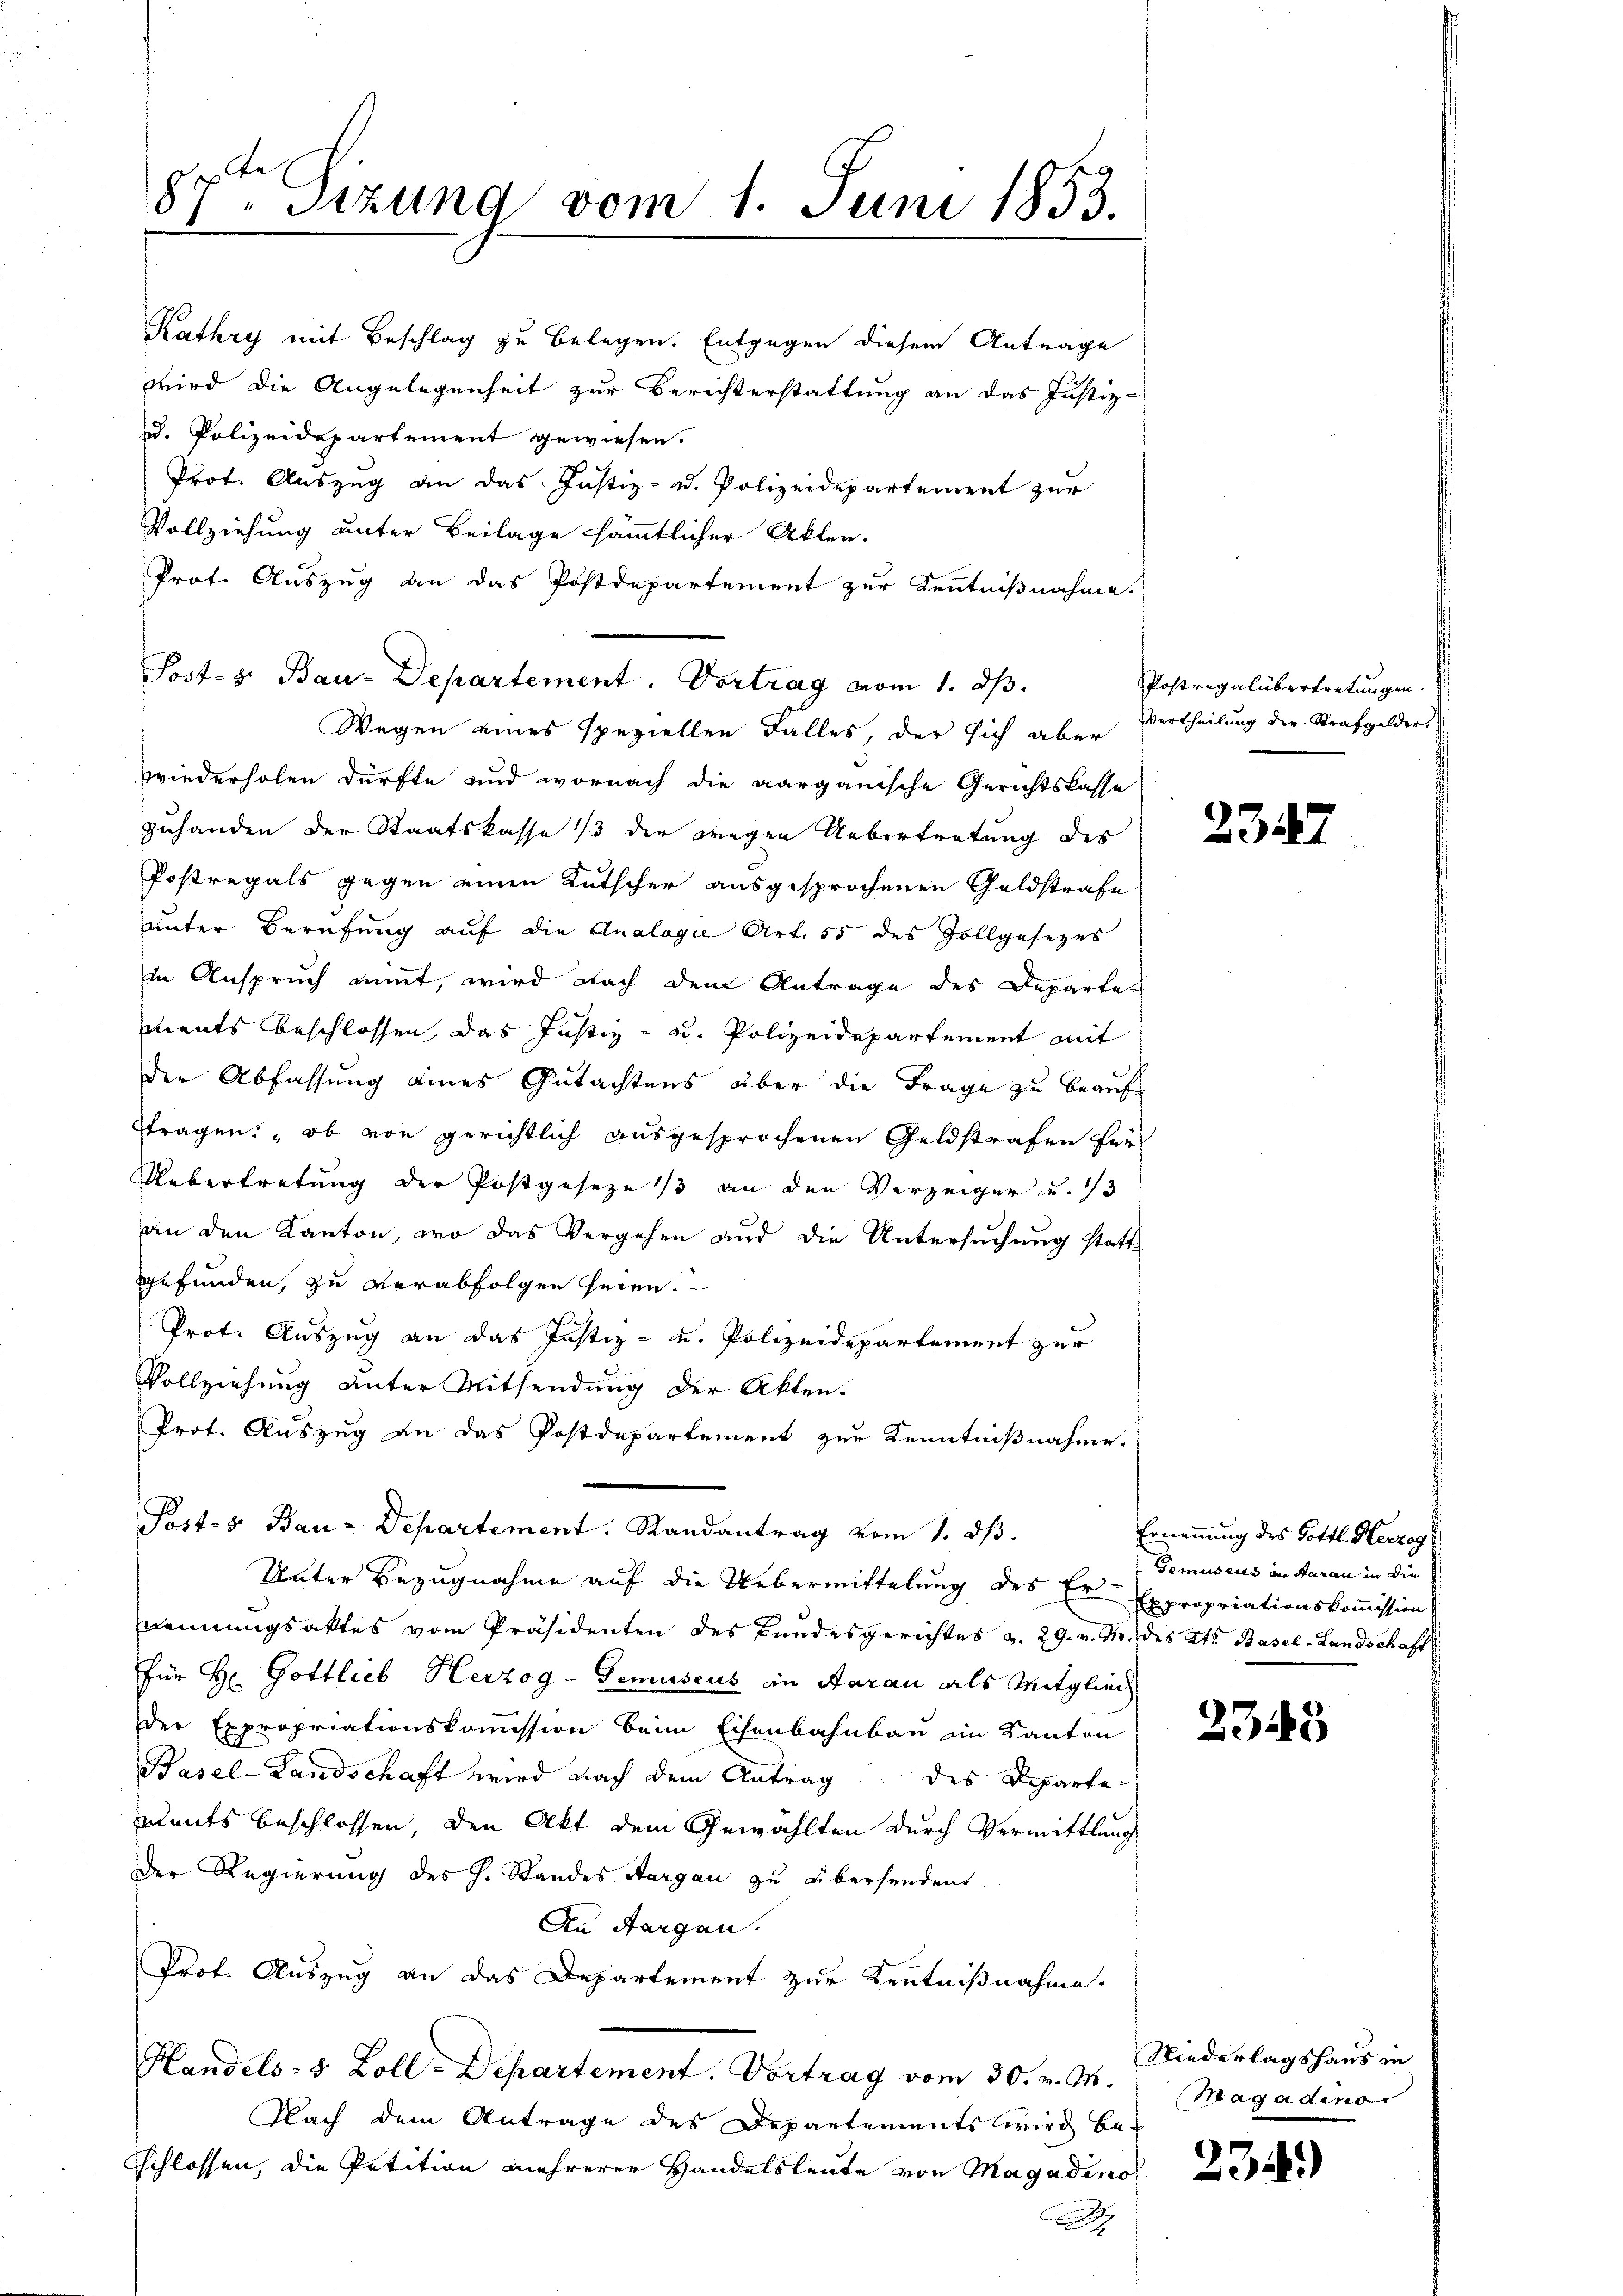
87. Sizung vom 1. Juni 1853.

Kathry mit Beschlag zu belegen. Entgegen diesem Antrage
wird die Angelegenheit zur Berichterstattung an das Justiz-
d. Polizeidepartement gewiesen.
Prot. Auszug an das Justiz- u. Polizeidepartement zur
Vollziehung unter Beilage sämmtlicher Akten.
Prot. Auszug an das Postdepartement zur Kenntnißnahme.
Wegen eines speziellen Falles, der sich aber
wiederholen dürfte und wornach die aargauische Gerichtslasse
zuhanden der Staatskasse 1/3 der wegen Uebertretung des
Postregals gegen einen Kutscher ausgesprochenen Geldstrafe
unter Berufung auf die Analogie Art. 55 des Zollgesezes
in Anspruch nimmt, wird nach dem Antrage des Departet
ments beschlossen, das Justiz- u. Polizeidepartement mit
der Abfassung eines Gutachtens über die Frage zu beauftragen: „ob von gerichtlich ausgesprochenen Geldstrafen für
Uebertretung der Postgeseze 1/3 an den Verzeiger u. 13
an den Kanton, wo das Vergehen und die Untersuchung stattgefunden, zu verabfolgen seien.
Prot. Auszug an das Justiz- u. Polizeidepartement zur
Vollziehung unter Mitsendung der Akten.
Prot. Auszug an das Postdepartement zur Kenntnißnahme.
Post- & Bau-Departement. Randantrag vom 1. ds.
Unter Bezugnahme auf die Uebermittelung des Er- Expropriationskommission
nennungsaktes vom Präsidenten des Bundesgerichtes v. 29. v. M. des Kt. Basel-Landschaft
für Hr. Gottlieb Herzog - Gemuseus in Aarau als Mitglied
der Expropriationskommission beim Eisenbahnbau im Kanton
Basel-Landschaft wird nach dem Antrag des Departe¬
Adets beschlossen, den Akt dem Gewählten durch Vermittlung
Der Regierung des H. Standes Sargau zu übersendent
An Horgen.
Prof. Auszug an das Departement zur Kenntnißnahme.
Handels- & Zoll-Departement. Vortrag vom 30. v. M.
Nach dem Antrage des Departements wird be-
schlossen, die Petition mehrerer Handelsleute von Magadino

Post- u. Bau-Departement. Vortrag vom 1. dβ.

Postregalübertretungen.
Vertheilung der Strafgelder

2347

Ernennung des Gottl. Herzog
Gemuseus in darau in die

2345

Niederlagshaus in
Magadino

23)